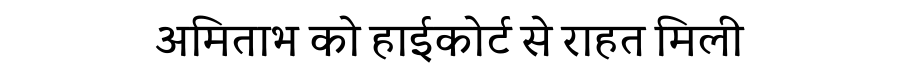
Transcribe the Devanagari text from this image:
अमिताभ को हाईकोर्ट से राहत मिली